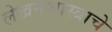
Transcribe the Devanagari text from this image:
लेखनशास्त्राचे